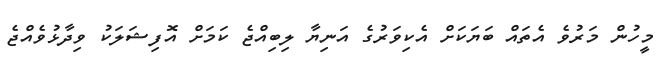
މީހުން މަރުވެ އެތައް ބަޔަކަށް އެކިވަރުގެ އަނިޔާ ލިބިއްޖެ ކަމަށް އޮފިޝަލަކު ވިދާޅުވެއްޖެ